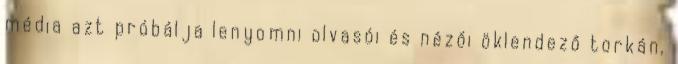
média azt próbálja lenyomni olvasói és nézői öklendező torkán,